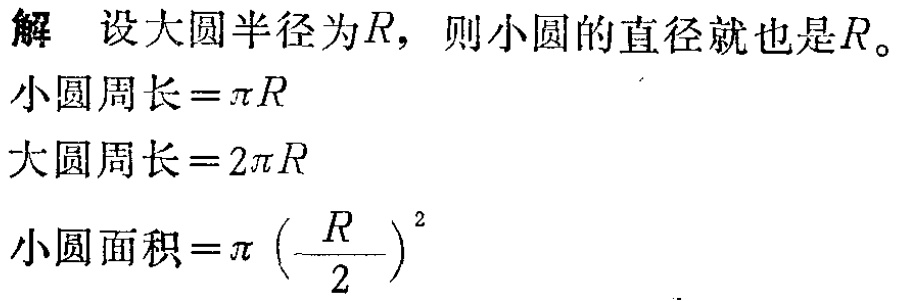
解 设大圆半径为\(R\)，则小圆的直径就也是\(R\)。

小圆周长\(=\pi R\)

大圆周长\(=2\pi R\)

小圆面积\(=\pi \left(\frac{R}{2}\right)^2\)